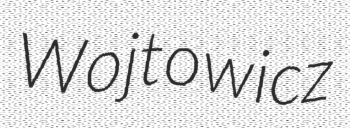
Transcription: Wojtowicz